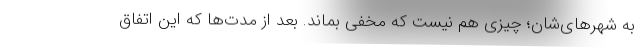
به شهرهای‌شان؛ چیزی هم نیست که مخفی بماند. بعد از مدت‌ها که این اتفاق